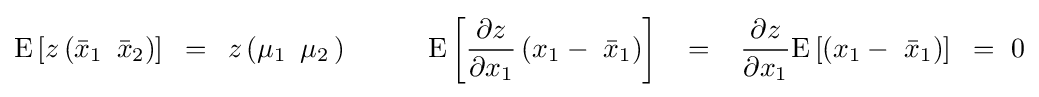
{\rm {E}}\left[{z\left({{\bar {x}}_{1}\,\,\,{\bar {x}}_{2}}\right)}\right]\,\,\,=\,\,\,z\left({\mu _{1}\,\,\,\mu _{2}\,}\right)\,\,\,\,\,\,\,\,\,\,\,\,\,\,\,\,\,{\rm {E}}\left[{{{\partial z} \over {\partial x_{1}}}\left({x_{1}-\,\,{\bar {x}}_{1}}\right)}\right]\,\,\,\,\,=\,\,\,\,\,{{\partial z} \over {\partial x_{1}}}{\rm {E}}\left[{\left({x_{1}-\,\,{\bar {x}}_{1}}\right)}\right]\,\,\,=\,\,0